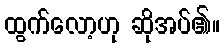
ထွက်လော့ဟု ဆိုအပ်၏။